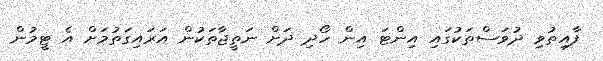
ފާއިތުވި ދުވަސްތަކުގައި އިންޓަ އިން ހޯދި ދަށް ނަތީޖާތަކުން އަރައިގަތުމަށް އެ ޓީމުން